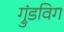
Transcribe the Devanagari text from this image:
ग्रुंडविग